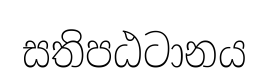
සතිපඨටානය